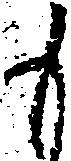
も